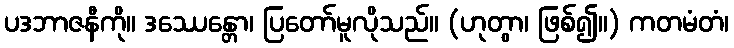
ပဒဘာဇနီကို။ ဒဿေန္တော၊ ပြတော်မူလိုသည်။ (ဟုတွာ၊ ဖြစ်၍။) ကတမံတံ၊